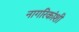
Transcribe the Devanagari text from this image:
नागरिकांशी